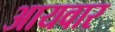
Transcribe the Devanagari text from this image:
आयवार